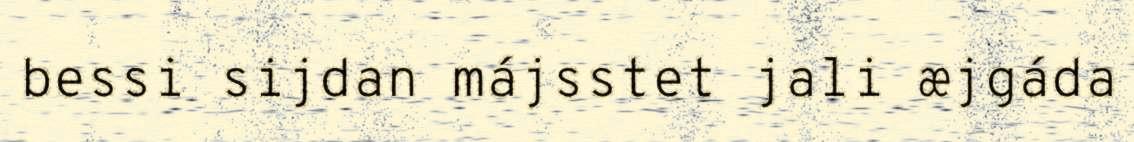
bessi sijdan májsstet jali æjgáda